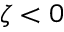
\zeta < 0